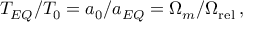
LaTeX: T _ { E Q } / T _ { 0 } = a _ { 0 } / a _ { E Q } = \Omega _ { m } / \Omega _ { \mathrm { r e l } } \, ,